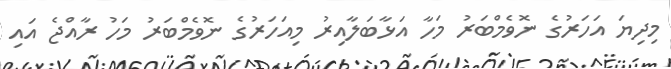
މިދިޔަ އަހަރުގެ ނޮވެމްބަރު މަހާ އަޅާބަލާއިރު މިއަހަރުގެ ނޮވެމްބަރު މަހު ރާއްޖެ އައި